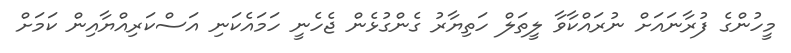
މީހުންގެ ފުރާނަައަށް ނުރައްކާވާ ލީތަލް ހަތިޔާރު ގެންގުޅެން ޖެހެނީ ހަމައެކަނި އަސްކަރިއްޔާއިން ކަމަށް